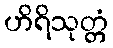
ဟိရိသုတ္တံ